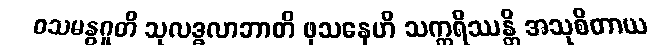
ဝသမနွဂူတိ သုလဒ္ဓလာဘာတိ ဖုသနေဟိ သက္ကရိဿန္တိ အသုစိတာယ